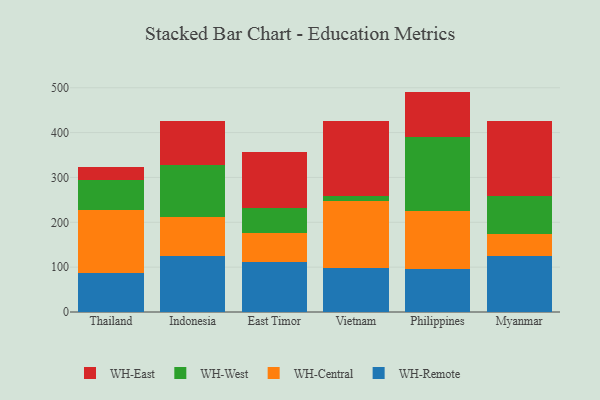
{"axis": {"x": "Country", "y": "LTV (USD)"}, "legend": ["WH-Central", "WH-East", "WH-Remote", "WH-West"], "data": [{"x": "Thailand", "y": 86.6, "type": "WH-Remote"}, {"x": "Thailand", "y": 139.9, "type": "WH-Central"}, {"x": "Thailand", "y": 68.6, "type": "WH-West"}, {"x": "Thailand", "y": 29.3, "type": "WH-East"}, {"x": "Indonesia", "y": 125.6, "type": "WH-Remote"}, {"x": "Indonesia", "y": 87.3, "type": "WH-Central"}, {"x": "Indonesia", "y": 115.8, "type": "WH-West"}, {"x": "Indonesia", "y": 96.2, "type": "WH-East"}, {"x": "East Timor", "y": 110.9, "type": "WH-Remote"}, {"x": "East Timor", "y": 64.6, "type": "WH-Central"}, {"x": "East Timor", "y": 56.5, "type": "WH-West"}, {"x": "East Timor", "y": 124.4, "type": "WH-East"}, {"x": "Vietnam", "y": 98.4, "type": "WH-Remote"}, {"x": "Vietnam", "y": 148.4, "type": "WH-Central"}, {"x": "Vietnam", "y": 10.8, "type": "WH-West"}, {"x": "Vietnam", "y": 167.6, "type": "WH-East"}, {"x": "Philippines", "y": 95.3, "type": "WH-Remote"}, {"x": "Philippines", "y": 130.7, "type": "WH-Central"}, {"x": "Philippines", "y": 163.2, "type": "WH-West"}, {"x": "Philippines", "y": 102.2, "type": "WH-East"}, {"x": "Myanmar", "y": 124.0, "type": "WH-Remote"}, {"x": "Myanmar", "y": 50.2, "type": "WH-Central"}, {"x": "Myanmar", "y": 85.2, "type": "WH-West"}, {"x": "Myanmar", "y": 166.3, "type": "WH-East"}]}